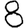
Digit: 8